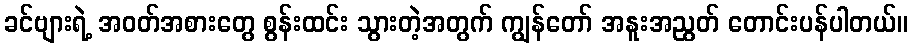
ခင်ဗျားရဲ့ အဝတ်အစားတွေ စွန်းထင်း သွားတဲ့အတွက် ကျွန်တော် အနူးအညွတ် တောင်းပန်ပါတယ်။